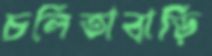
চলিতাবাড়ি